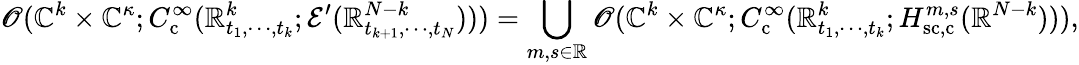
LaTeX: \mathscr{O}(\mathbb{C}^{k}\times\mathbb{C}^{\kappa};C_{\mathrm{c}}^{\infty}(\mathbb{R}_{t_{1},\cdots,t_{k}}^{k};\mathcal{E}^{\prime}(\mathbb{R}_{t_{k+1},\cdots,t_{N}}^{N-k})))=\bigcup_{m,s\in\mathbb{R}}\mathscr{O}(\mathbb{C}^{k}\times\mathbb{C}^{\kappa};C_{\mathrm{c}}^{\infty}(\mathbb{R}_{t_{1},\cdots,t_{k}}^{k};H_{\mathrm{sc,c}}^{m,s}(\mathbb{R}^{N-k}))),